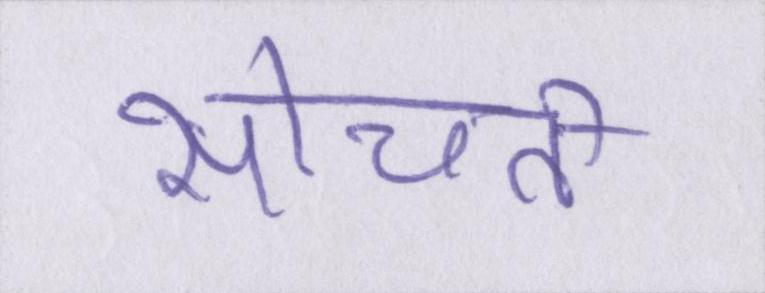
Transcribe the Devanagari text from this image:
सोचती